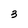
Character: 3